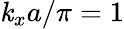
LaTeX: \mathit{k}_{x}a/\pi=1